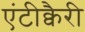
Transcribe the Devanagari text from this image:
एंटीक्वैरी